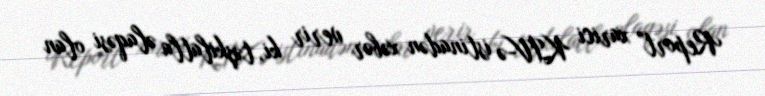
Report" xarici KİV-ə istinadən xəbər verir ki, təşkilatla əlaqəsi olan